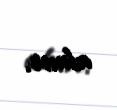
alınır.